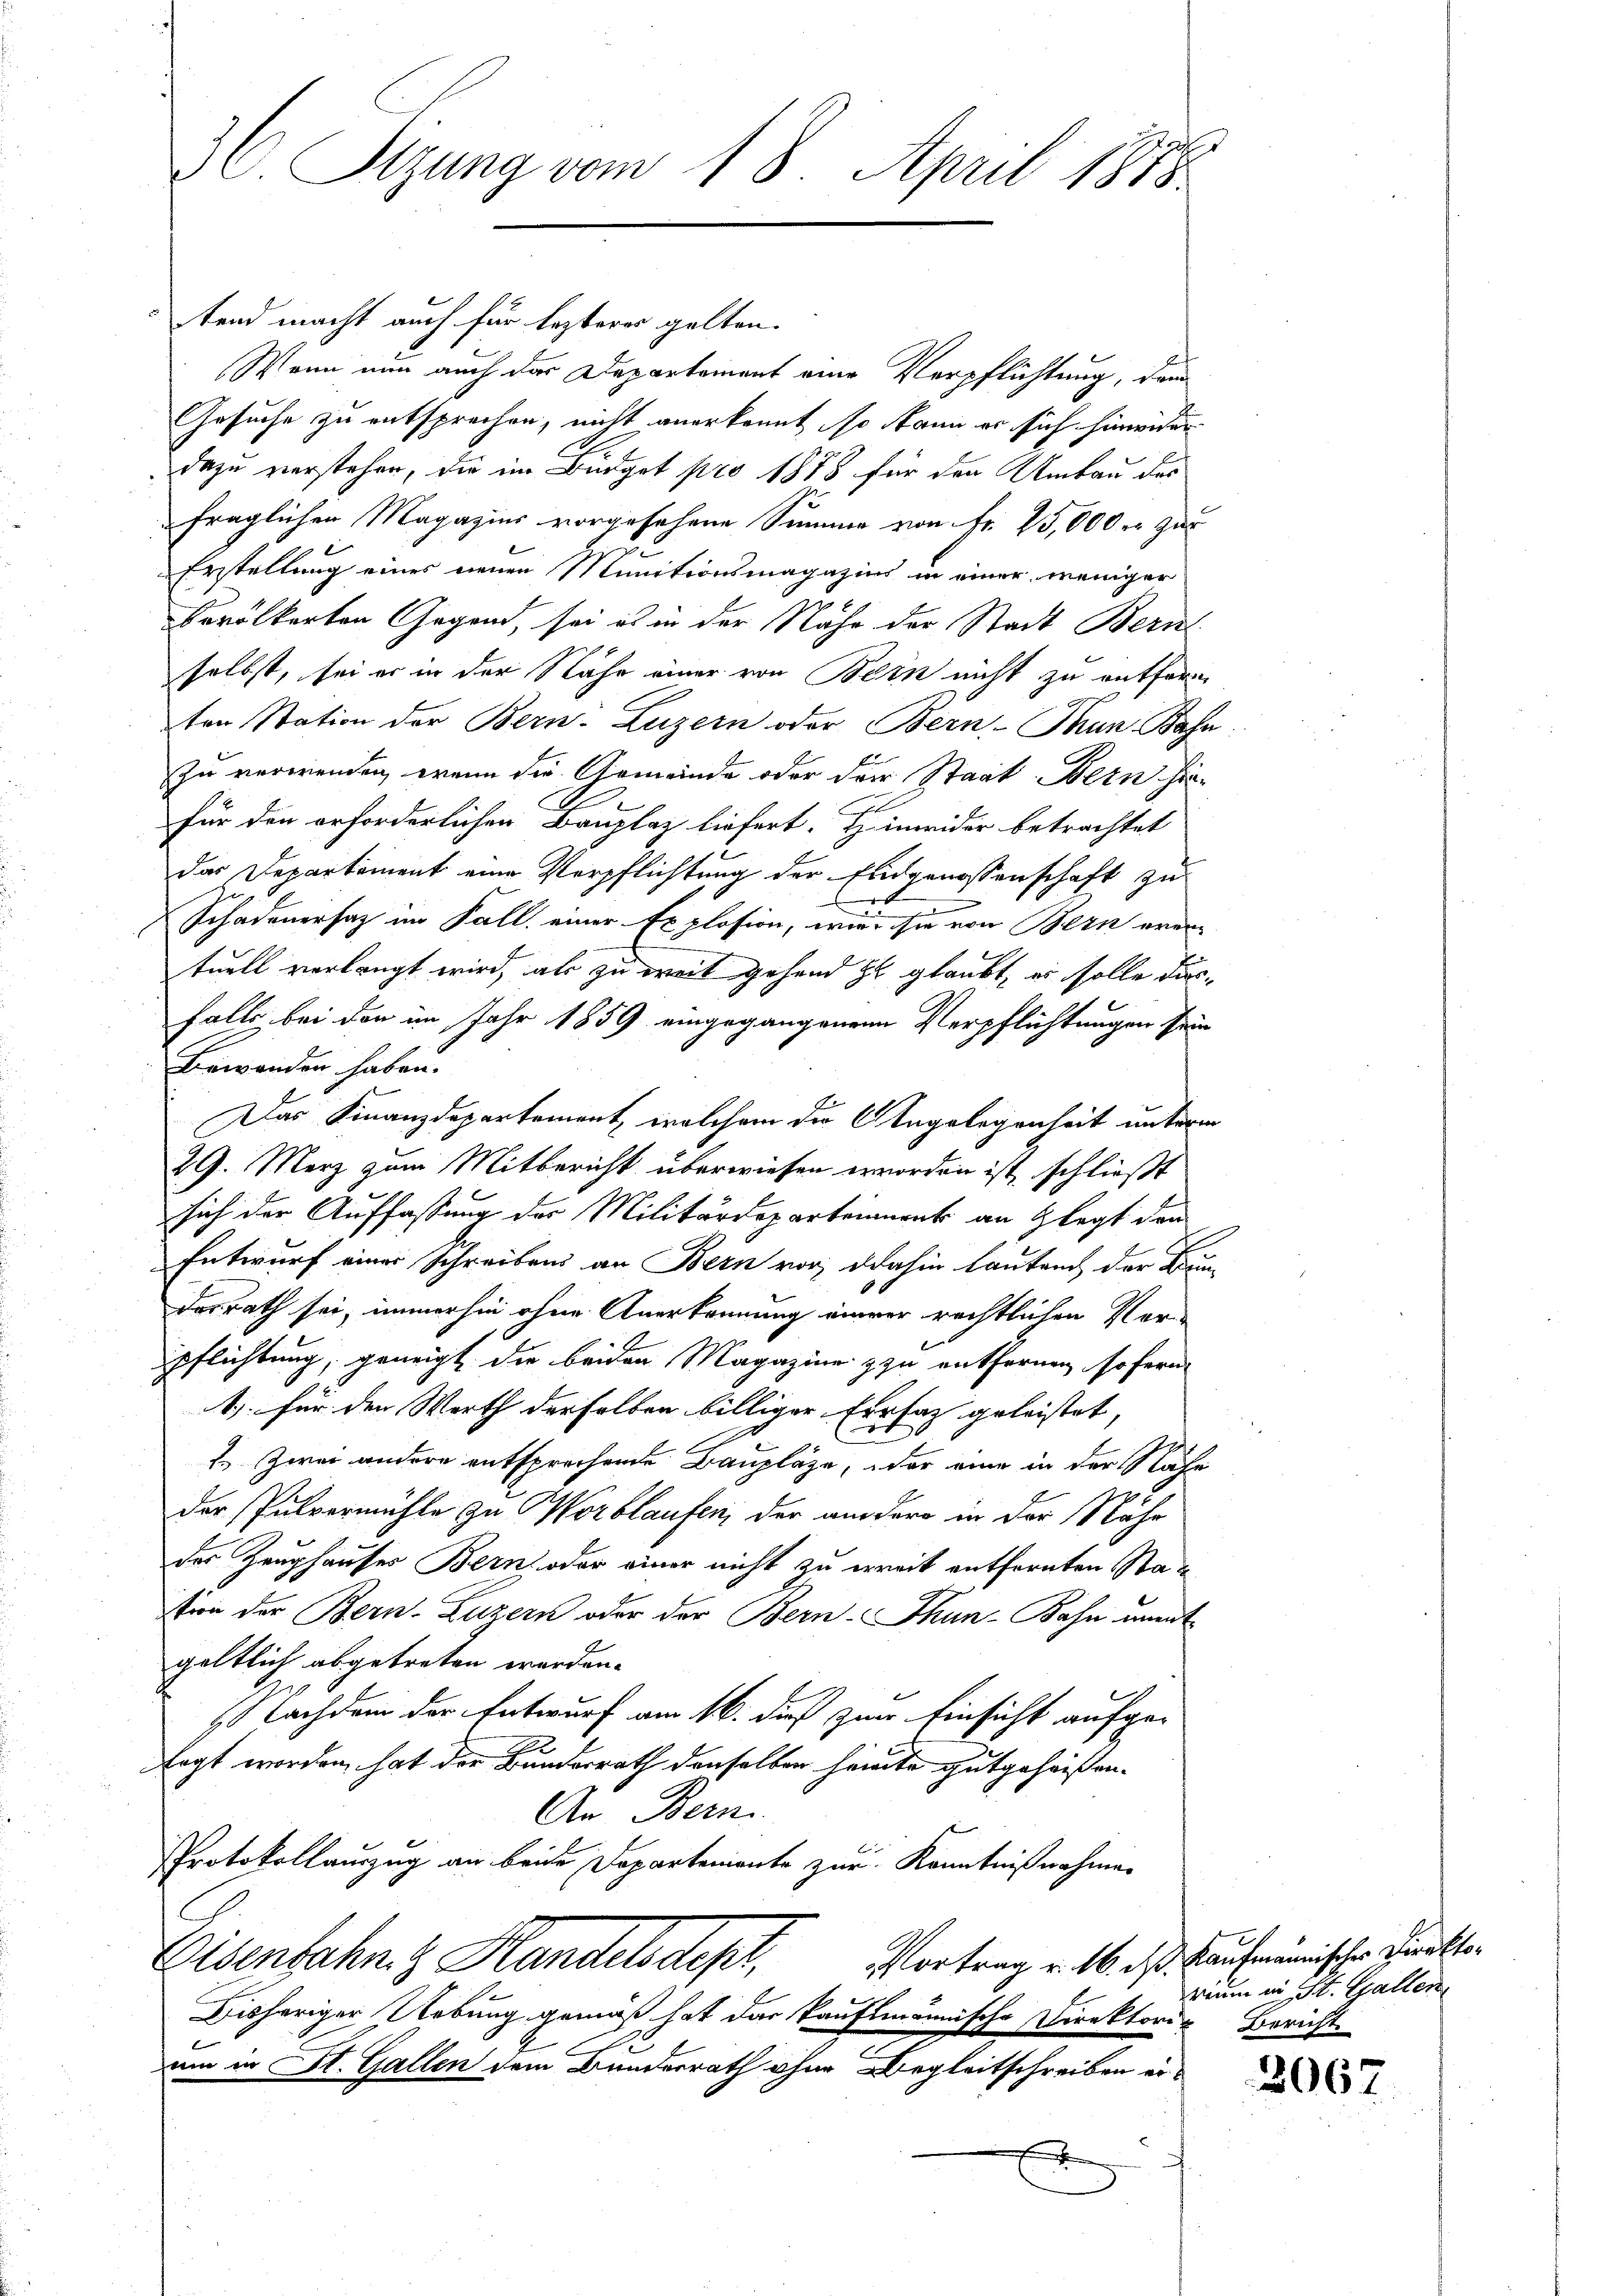
s
36. Sizung vom 18. April 1888.

tend macht auch für lezterer galten.
Wann nun auch das Departement eine Verpflichtung, demn
Gesuche zu entsprechen, nicht anerkannt, so kann er sich hinwider
dazu verstehen, die im Büdget pro 1878 für den Umbau des
fraglichen Magazins vorgesehene Summe von Fr. 25,000 er zur
Erstellung eines neuen Munitionsmagazins in einer weniger
Bevölkerten Gegend, sei es in der Nähe der Stadt Bern
selbst, sei er in der Nähe einer von Bern nicht zu entfern
ten Station der Bern-Luzern oder Bern Thun Bahn
zu verwenden, wenn die Gemeinde oder der Staat Bern hinfür den erforderlichen Bauplaz liefert. Hinweider betrachtet
das Departement eine Verpflichtung der Eidgenossenschaft zu
d
Schadenersatz im Fall, einer Explosion, wie sie von Bern erer-
tuell verlangt wird, als zu weit gehend zu glaubt, er solle disfalls bei den im Jahr 1859 eingegangenen Verpflichtungen sein
Bewanden haben.
Das Finanzdepartement, welchem die Angelegenheit unterm
29. Merz zum Mitbericht überwiesen worden ist, schließt
sich der Auffassung des Militärdepartement an Glegt den
Entwurf einer Schreibens an Bern vor, dahin lauten der Brundesrath sei, immerhin ohne Anerkennung einer rechtlichen Ver-
pflichtung, geneigt die beiden Magazine zu entfernen sofern
1) Für den Werth derselben billiger Errfaz geleistet,
 Zwei andere entsprochende Bauplaze, oder eine in der Nähe
der Pulvermühle zu Horblaufen, der andere in der Nahr
des Zeughauses Bern oder einer nicht zu erreit entfernten Station der Bern, Luzern oder der Bern-Thun-Bahn ant
geltlich abgetreten werden.
Nachdem der Entwurf am 16. dieß zum Einsicht aufge-
tagt worden hat der Bundesrath denselben heute gutgeheißen.
An Bern
PProtokollauszug an beide Departemente zur Kenntnißnahmen
Vortrag v. 16. d. Kaufmannischer Direkto¬
Eisenbahn & Handelsdepr
Bisheriger Uebung gemäß hat das kaufmännische Direktorin Bericht
um in St. Gallen dem Bundesrath ohne Begleitschreiben ere

rium in St. Gallen

2067